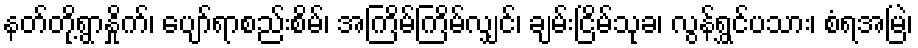
နတ်တို့ရွာနှိုက်၊ ပျော်ရာစည်းစိမ်၊ အကြိမ်ကြိမ်လျှင်၊ ချမ်းငြိမ်သုခ၊ လွန်ရွှင်ပသား၊ စံရအမြဲ၊